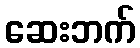
ဆေးဘက်